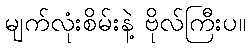
မျက်လုံးစိမ်းနဲ့ ဗိုလ်ကြီးပ။